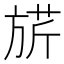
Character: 𣄄